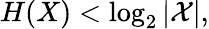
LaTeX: H(X)<\log_{2}|{\mathcal{X}}|,